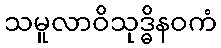
သမူလာဝိသုဒ္ဓိနဝကံ